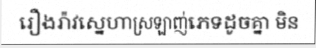
រឿងរ៉ាវស្នេហាស្រឡាញ់ភេទដូចគ្នា មិន